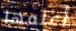
أعلمها